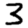
Digit: 3